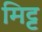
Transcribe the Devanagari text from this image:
मिट्ट